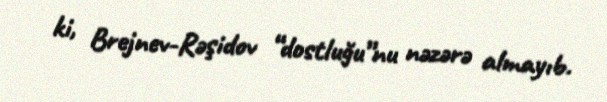
ki, Brejnev-Rəşidov “dostluğu”nu nəzərə almayıb.